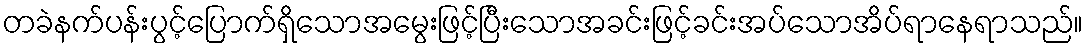
တခဲနက်ပန်းပွင့်ပြောက်ရှိသောအမွေးဖြင့်ပြီးသောအခင်းဖြင့်ခင်းအပ်သောအိပ်ရာနေရာသည်။